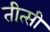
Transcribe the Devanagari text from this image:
तीत्सी